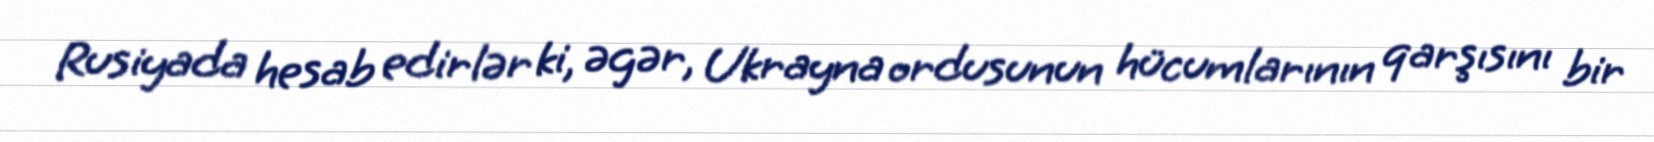
Rusiyada hesab edirlər ki, əgər, Ukrayna ordusunun hücumlarının qarşısını bir